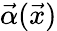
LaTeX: \vec{\alpha}(\vec{x})